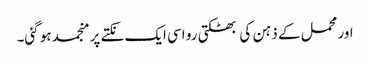
اور محمل کے ذہن کی بھٹکتی رو اسی ایک نکتے پر منجمد ہو گئی۔